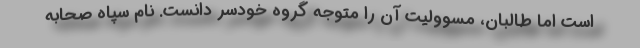
است اما طالبان، مسوولیت آن را متوجه گروه خودسر دانست. نام سپاه صحابه